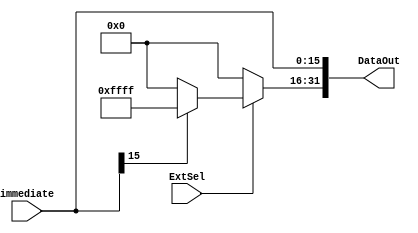
`timescale 1ns / 1ps
//////////////////////////////////////////////////////////////////////////////////
// Company: 
// Engineer: 
// 
// Design Name: 
// Module Name: Extend
// Project Name: 
// Target Devices: 
// Tool Versions: 
// Description: 
// 
// Dependencies: 
// 
// Revision:
// Revision 0.01 - File Created
// Additional Comments:
// 
//////////////////////////////////////////////////////////////////////////////////


module Extend(immediate, ExtSel, DataOut);
    input [15:0] immediate;
    input ExtSel;
    output [31:0] DataOut;
    
    assign DataOut[15:0] = immediate[15:0];
    assign DataOut[31:16] = (ExtSel == 1) ? ((immediate[15] == 1) ? 16'hFFFF: 16'h0000):16'h0000;
endmodule